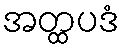
အတ္ထပဒံ